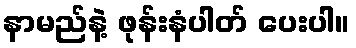
နာမည်နဲ့ ဖုန်းနံပါတ် ပေးပါ။